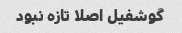
گوشفیل اصلا تازه نبود